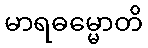
မာရဓမ္မောတိ